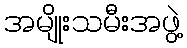
အမျိုးသမီးအဖွဲ့